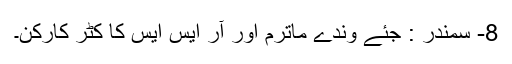
8- سمندر : جئے وندے ماترم اور آر ایس ایس کا کٹر کارکن۔